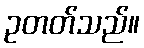
ဥတတ်သည်။